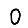
Digit: 0